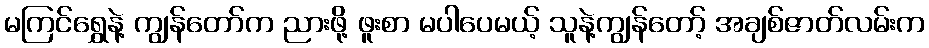
မကြင်ရွှေနဲ့ ကျွန်တော်က ညားဖို့ ဖူးစာ မပါပေမယ့် သူနဲ့ကျွန်တော့် အချစ်ဇာတ်လမ်းက